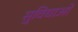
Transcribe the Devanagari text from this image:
सु्विधाओं